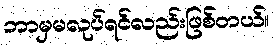
ဘာမှမလုပ်ရင်လည်းဖြစ်တယ်။